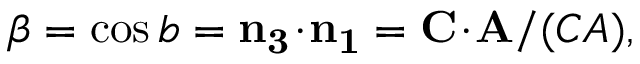
\beta = \cos { b } = { \bf n _ { 3 } \! \cdot \! n _ { 1 } } = { \bf C \! \cdot \! A } / ( C A ) ,